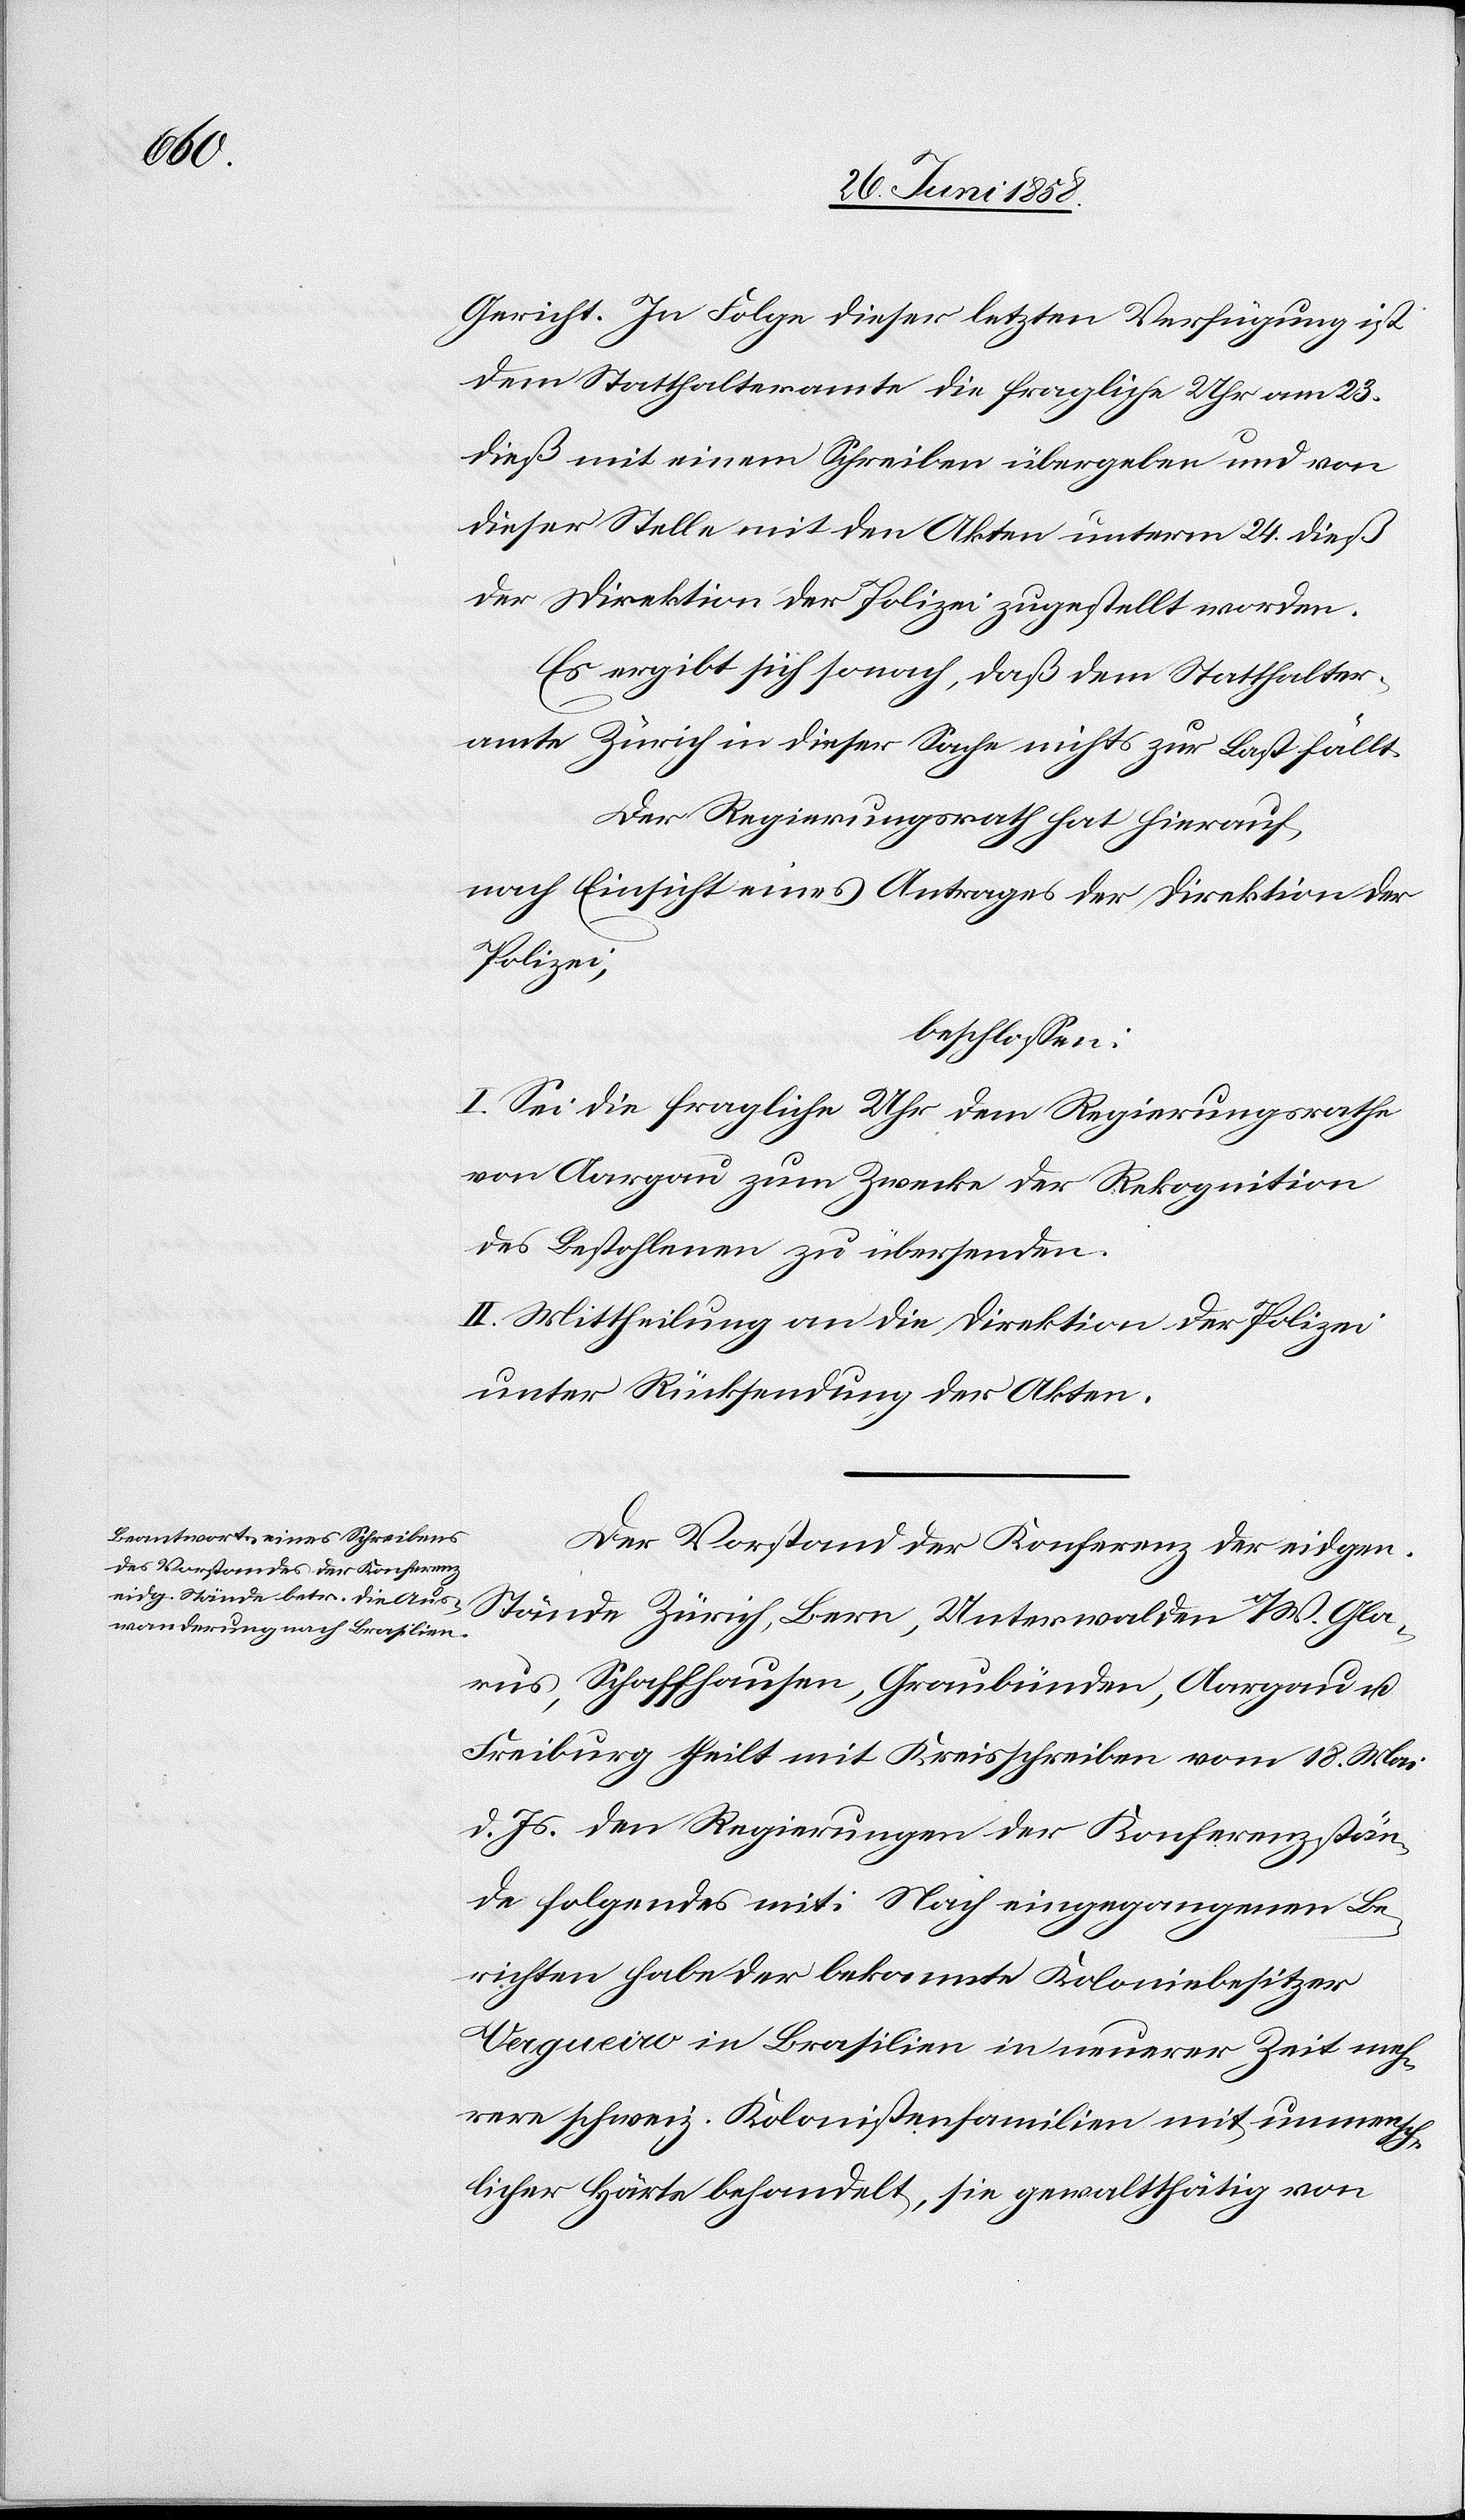
Gericht. In Folge dieser letzten Verfügung ist
dem Statthalteramte die fragliche Uhr am 23.
dieß mit einem Schreiben übergeben und von
dieser Stelle mit den Akten unterm 24. dieß
der Direktion der Polizei zugestellt worden.
Es ergibt sich sonach, daß dem Statthalter¬
amte Zürich in dieser Sache nichts zur Last fällt.
Der Regierungsrath hat hierauf,
nach Einsicht eines Antrages der Direktion der
Polizei,
beschlossen:
I. Sei die fragliche Uhr dem Regierungsrathe
von Aargau zum Zwecke der Rekognition
des Bestohlenen zu übersenden.
II. Mittheilung an die Direktion der Polizei
unter Rücksendung der Akten.
Der Vorstand der Konferenz der eidgen.
Stände Zürich, Bern, Unterwalden o/W.[,] Gla¬
rus, Schaffhausen, Graubünden, Aargau u.
Freiburg theilt mit Kreisschreiben vom 18. Mai
d. Js. den Regierungen der Konferenzstän¬
de folgendes mit: Nach eingegangenen Be¬
richten habe der bekannte Koloniebesitzer
Vergueiro in Brasilien in neuerer Zeit meh¬
rere schweiz. Kolonistenfamilien mit unmensch¬
licher Härte behandelt, sie gewaltthätig von